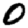
Digit: 0